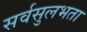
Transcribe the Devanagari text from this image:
सर्वसुलभता